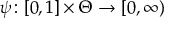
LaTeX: \psi \! : [ 0 , 1 ] \times \Theta \rightarrow [ 0 , \infty )